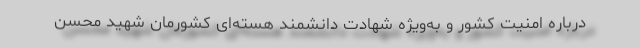
درباره امنیت کشور و به‌ویژه شهادت دانشمند هسته‌ای کشورمان شهید محسن